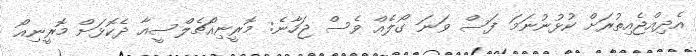
އެދިއްޖެއިތުރަށް ކުޅުނުނަމަ ފަސް ވަނަ ގޯލެއް ވެސް ޖަހާނެ: މޮރީނިއޯޗެލްސީއާ ދެކޮޅަށް މޮރީނިއޯ